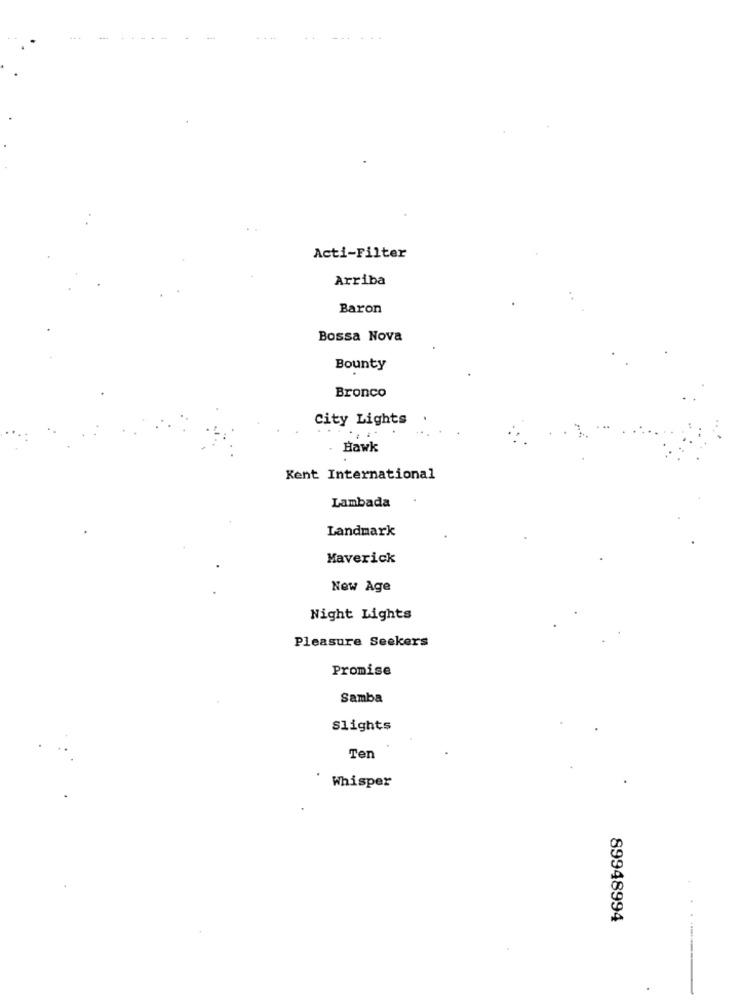
Acti-Filter
Arriba
Baron
Bossa Nova
Bounty
Bronco
City Lights
...
Hawk
Kent International
Lambada
Landmark
Maverick
New Age
Night Lights
Pleasure Seekers
Promise
Samba
Slights
Ten
Whisper
89948994
.